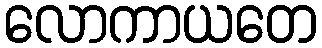
လောကာယတေ